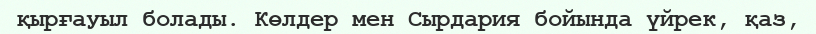
қырғауыл болады. Көлдер мен Сырдария бойында үйрек, қаз,